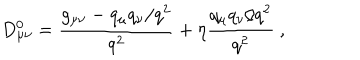
D _ { \mu \nu } ^ { 0 } = { \frac { g _ { \mu \nu } - q _ { \mu } q _ { \nu } / q ^ { 2 } } { q ^ { 2 } } } + \eta { \frac { q _ { \mu } q _ { \nu } / q ^ { 2 } } { q ^ { 2 } } } \ ,